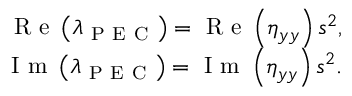
\begin{array} { r } { \mathrm { ~ R ~ e ~ } \left( \lambda _ { \mathrm { ~ P ~ E ~ C ~ } } \right) = \mathrm { ~ R ~ e ~ } \left( \eta _ { y y } \right) s ^ { 2 } , } \\ { \mathrm { ~ I ~ m ~ } \left( \lambda _ { \mathrm { ~ P ~ E ~ C ~ } } \right) = \mathrm { ~ I ~ m ~ } \left( \eta _ { y y } \right) s ^ { 2 } . } \end{array}